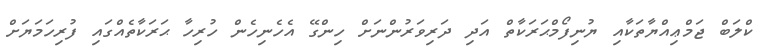
ކްލަބް ޖަމްޢިއްޔާތަކާއި ޔުނިފޯމްޙަރަކާތް އަދި ދަރިވަރުންނަށް ހިންގޭ އެހެނިހެން ހުރިހާ ޙަރަކާތެއްގައި ފުރިހަމަޔަށް